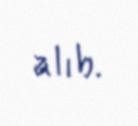
alıb.